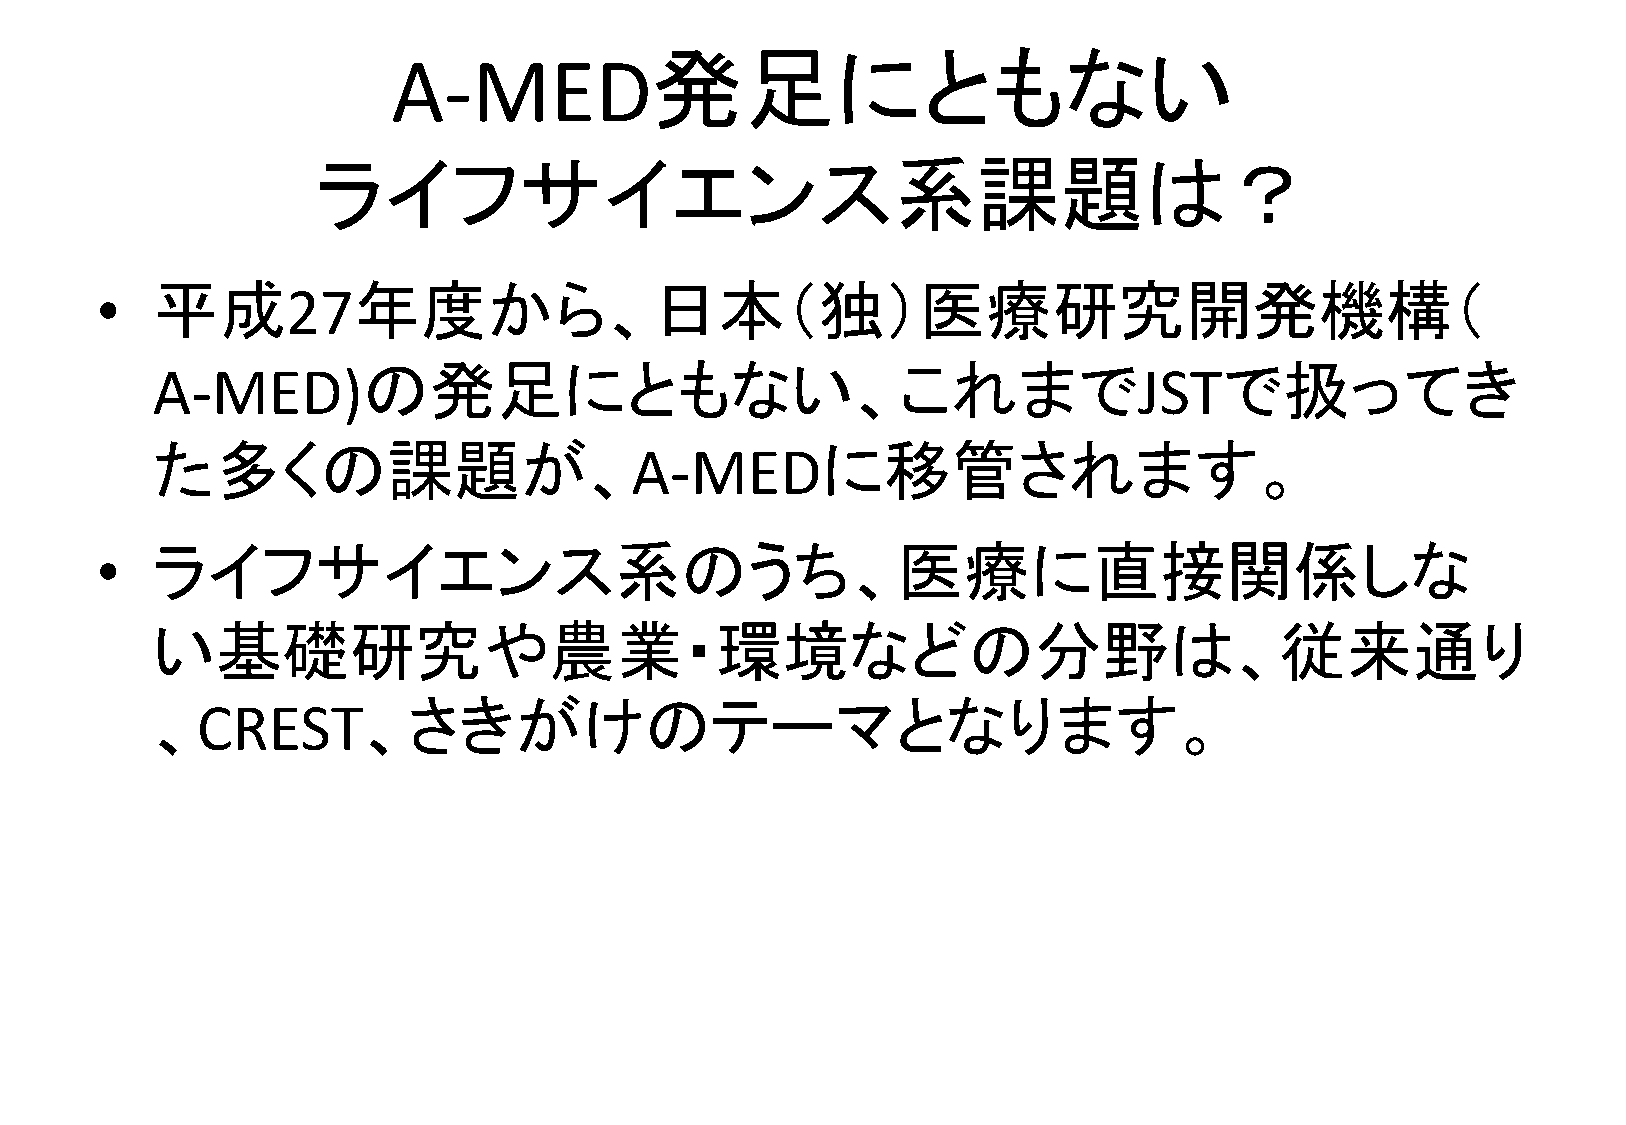
発足にともない
 A-MED
 ライフサイエンス系課題は？
 •   平成       27年度から、日本（独）医療研究開発機構（
 の発足にともない、これまで                                            で扱ってき
 A-MED)                                                           JST
 た多くの課題が、                                    に移管されます。
 A-MED
 •   ライフサイエンス系のうち、医療に直接関係しな
 い基礎研究や農業・環境などの分野は、従来通り
 、             、さきがけのテーマとなります。
 CREST